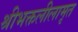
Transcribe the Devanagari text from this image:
श्रीभक्तलीलामृत